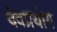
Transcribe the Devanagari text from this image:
देवप्रयोग